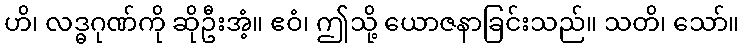
ဟိ၊ လဒ္ဓဂုဏ်ကို ဆိုဦးအံ့။ ဧဝံ၊ ဤသို့ ယောဇနာခြင်းသည်။ သတိ၊ သော်။